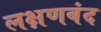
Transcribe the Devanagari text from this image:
लक्षणबंद